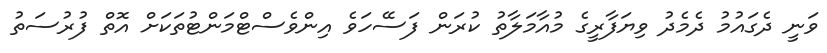
ވަނީ ދެގައުމު ދެމެދު ވިޔަފާރީގެ މުއާމަލާތު ކުރަން ފަސޭހަވެ އިންވެސްޓްމަންޓުތަކަށް އޮތް ފުރުސަތު